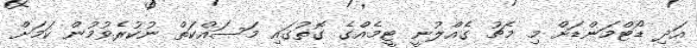
އަދި ޑޯޓްމަންޑަށް މި މެޗު ގެއްލުނީ ޓީމެއްގެ ގޮތުގައި މަސައްކަތް ނުކުރެވުމުން ކަމަށް